65_HS1-834228961_62-HQ-83894_Section_4
Agency: FBI
Page 128
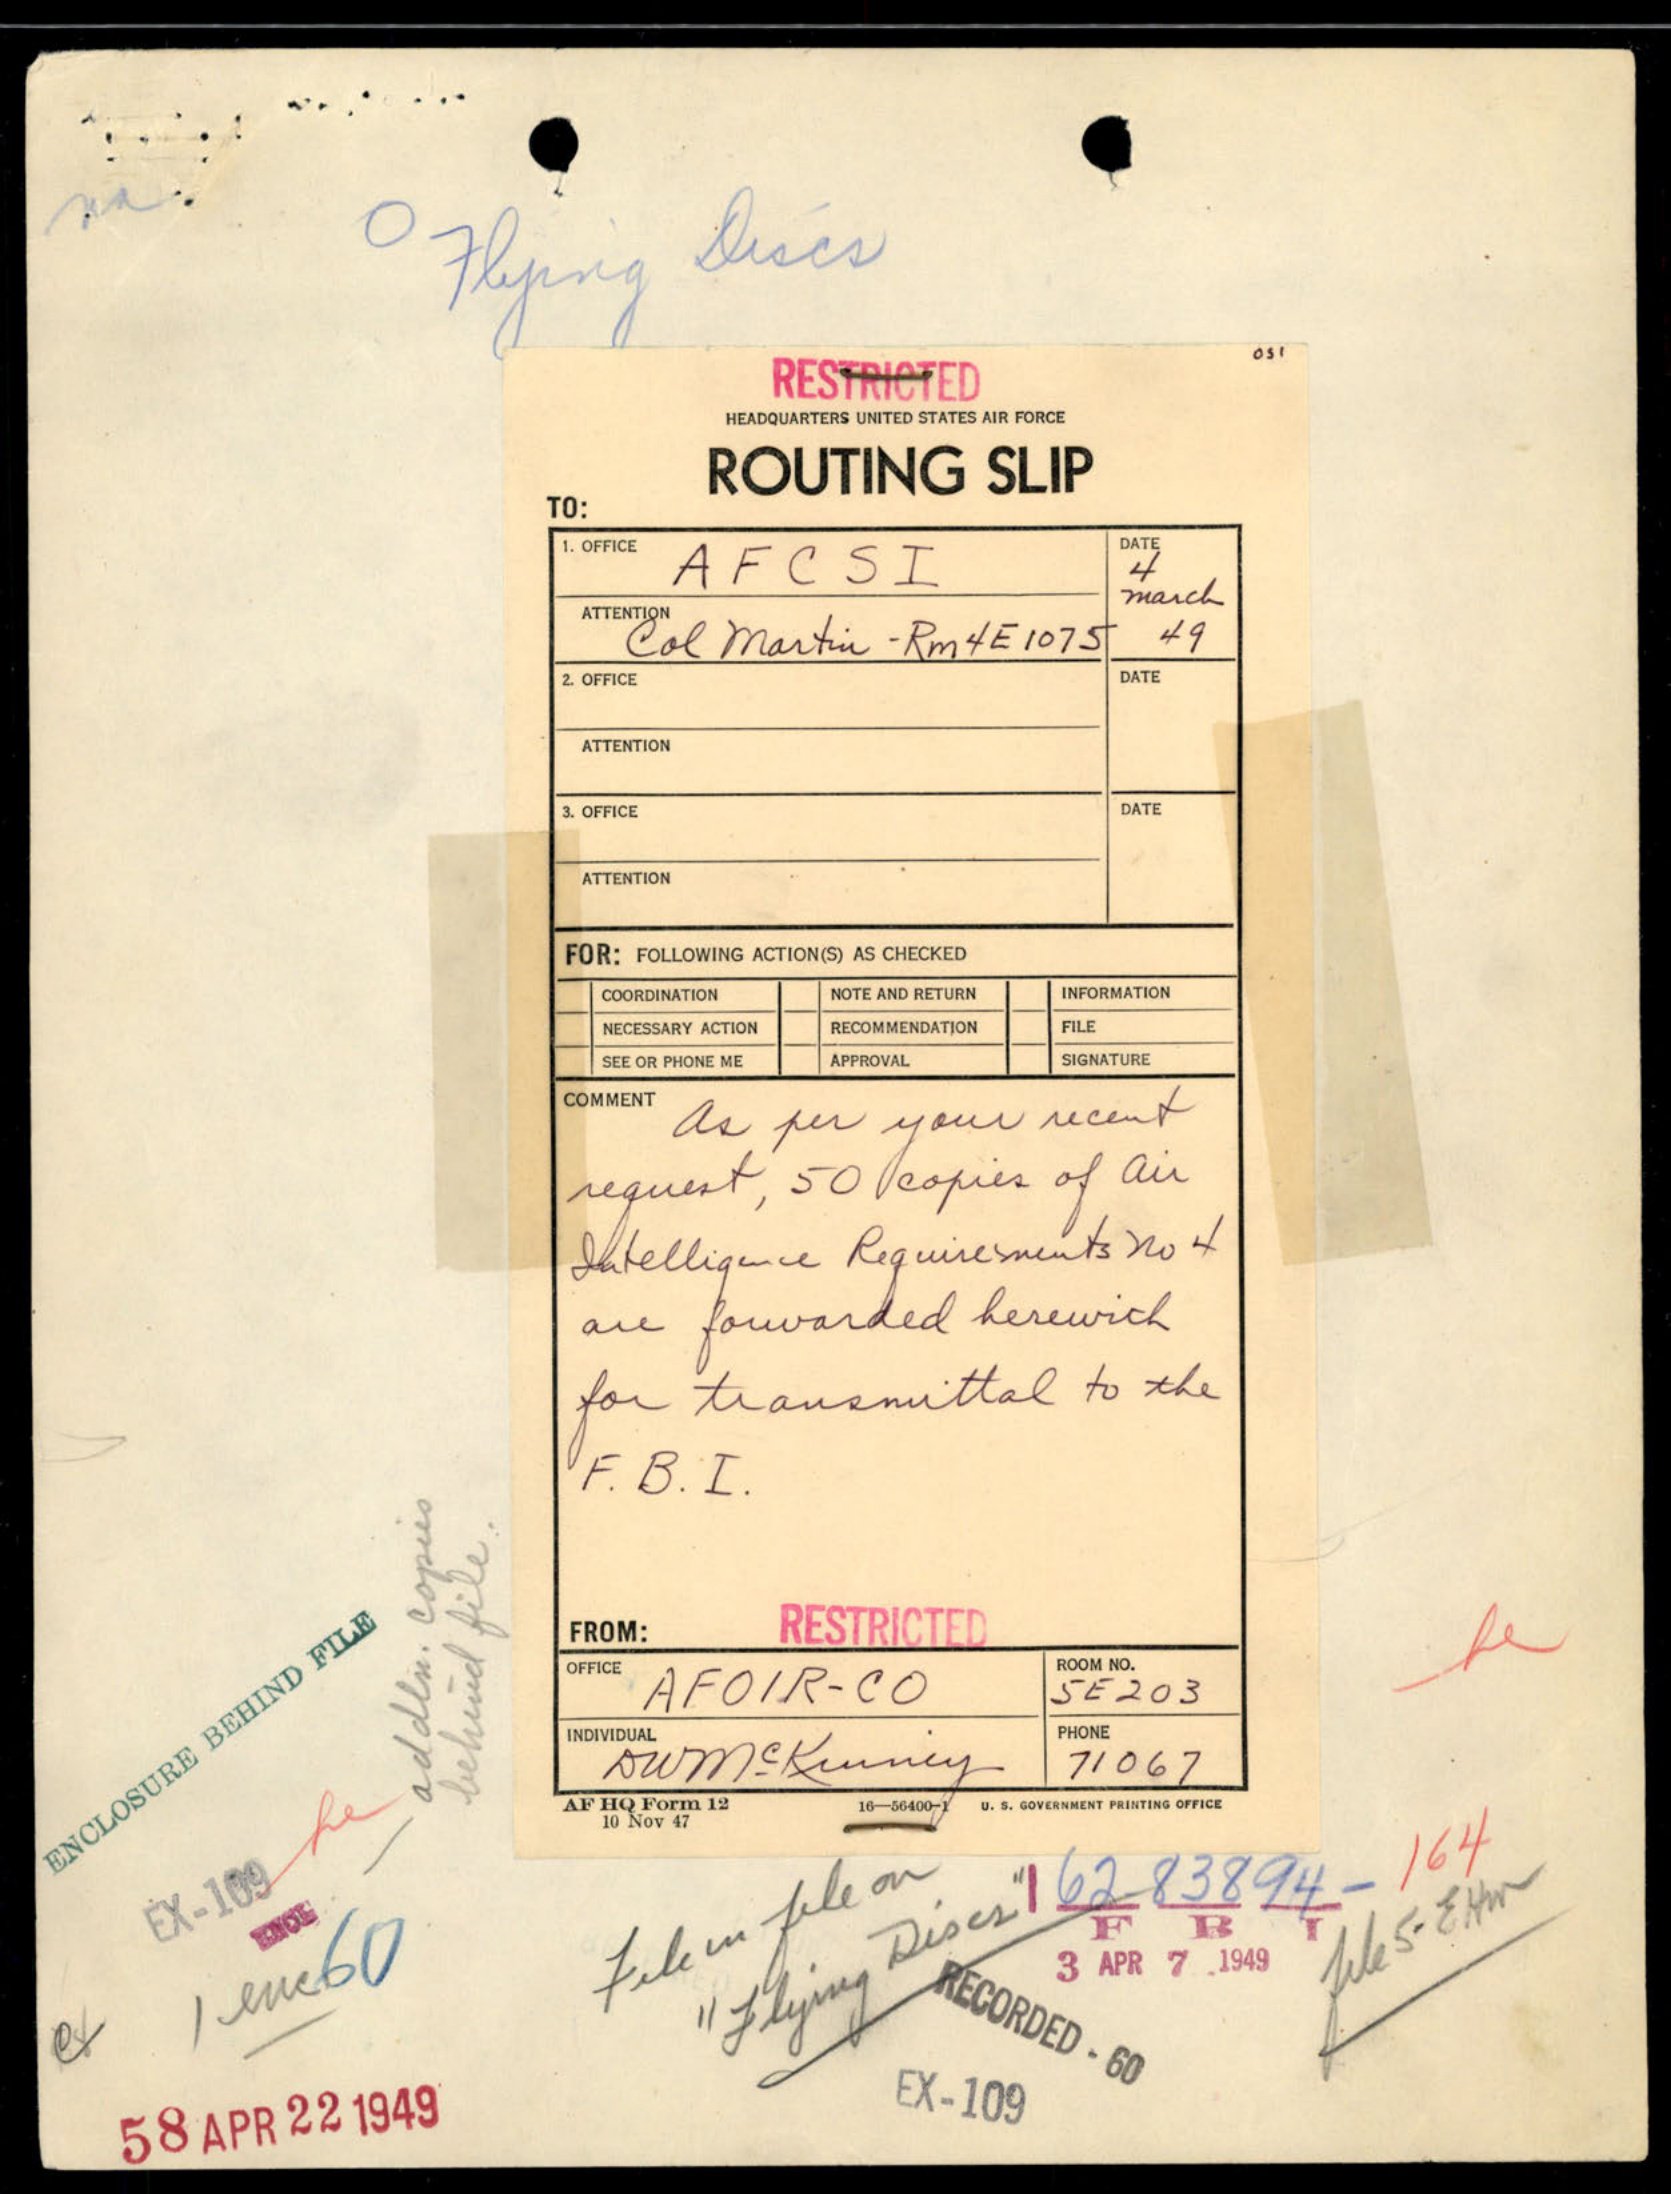